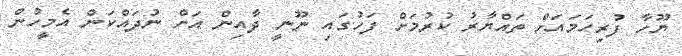
ޔޫހާ ފުރިހަމައަށް ތައްޔާރު ކުރުމަށް ފަހުގައި ނޫނީ ދާއިން އަށް ނުދައްކަން އެމީހުން